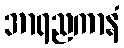
အာရညကာနံ